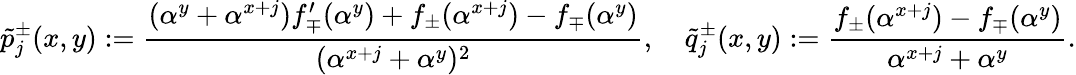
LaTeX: \tilde{p}_{j}^{\pm}(x,y):=\frac{(\alpha^{y}+\alpha^{x+j})f_{\mp}^{\prime}(\alpha^{y})+f_{\pm}(\alpha^{x+j})-f_{\mp}(\alpha^{y})}{(\alpha^{x+j}+\alpha^{y})^{2}},\quad\tilde{q}_{j}^{\pm}(x,y):=\frac{f_{\pm}(\alpha^{x+j})-f_{\mp}(\alpha^{y})}{\alpha^{x+j}+\alpha^{y}}.